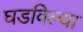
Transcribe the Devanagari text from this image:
घडविल्या